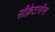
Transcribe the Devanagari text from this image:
सीक्रेटागॉग्स